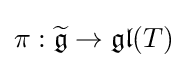
\pi :{\widetilde {\mathfrak {g}}}\to {\mathfrak {gl}}(T)